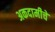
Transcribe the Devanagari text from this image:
अकदामीचे